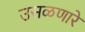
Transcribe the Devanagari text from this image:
उसळणारे